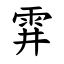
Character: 䨍